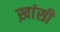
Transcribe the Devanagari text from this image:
ख़ांसी